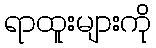
ရာထူးများကို